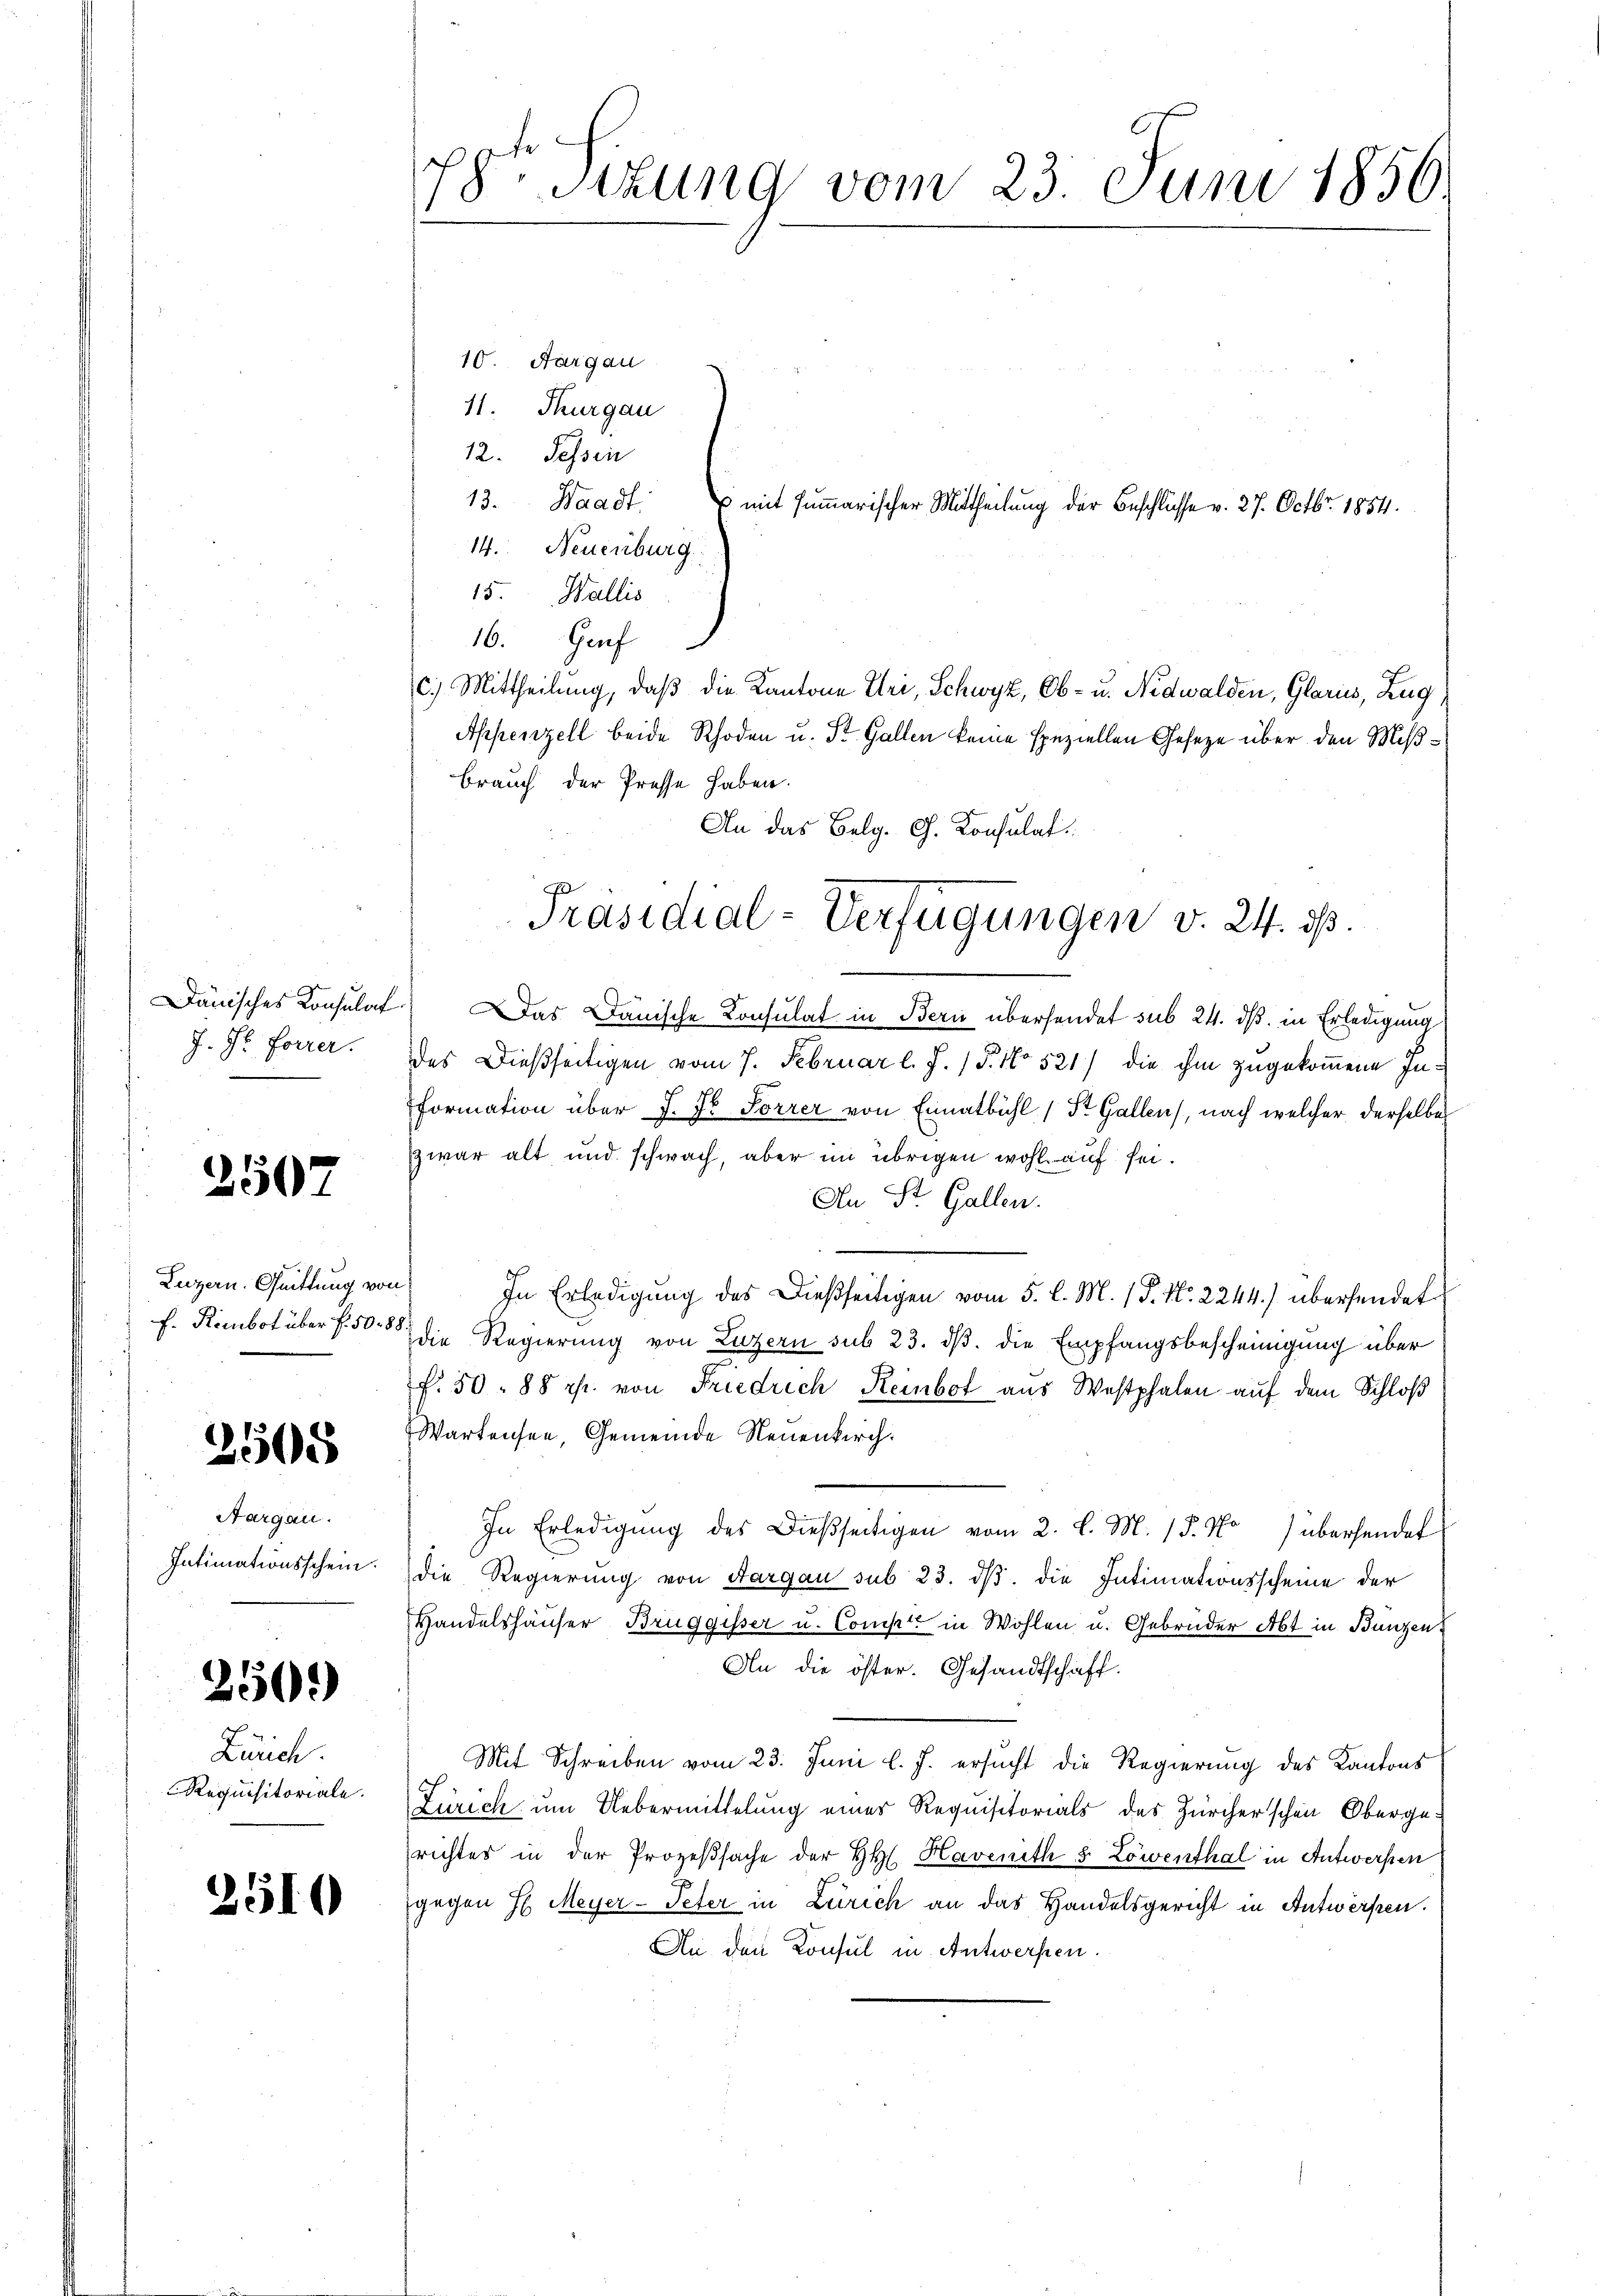
Dänisches Konsulat
J. H. Forrer.

2507

Luzern. Quittung von
f. Rembot über f. 508.

2505

Aargau.
Intimationsschein.

250)

Zürich
Requisitoriale.

2510

78. Sitzung vom 23. Juni 1856.

10. Aargau
11. Thurgau
12. Sessen
13. Waadt:
14. Neuenburg
15. Wallis
16. Genf
c.) Mittheilung, daß die Kantone Uri, Schwyz, Ob- u. Nidwalden, Glarus, Zug
Appenzell beide Rhoden u. St. Gallen keine speziellen Gesetze über den Mißbrauch der Presse haben.
An das Belg. G. Konsulat

mit summarischer Mittheilung der Beschlüsse v. 27. Octbr. 1854.

Präsidial-Verfügungen v. 24. dß.

Das Danische Konsulat in Bern übersendet sub 24. dß. in Erledigung
des Dießseitigen vom 7. Februar l. J. 15. No 521 die ihm zugekommene Information über J. J. Forrer von Einatbühl (St. Gallen, nach welcher derselbe
Zwar alt und schwach, aber im übrigen wohl auf sei¬
An St. Gallen.
In Erledigung des Dießseitigen vom 5. l. M. P. Nr. 2244) übersendet
 die Regierung von Luzern sub 23. dβ. die Empfangsbescheinigung über
f. 50. 88 rp. von Friedrich Reinbot aus Westphalen auf dem Schloß
Wartensen Gemeinde Neuenkirch.
In Erledigung des dießseitigen vom 2. l. M. (T. No übersendet
die Regierung von Aargau sub 23. dβ die Intimationsscheine der
Handelshäuser Bruggisser u. Comp. in Wohlen u. Gebrüder Abt in Bunzen
An die öster. Gesandtschaff
Mit Schreiben vom 23. Juni l. J. ersucht die Regierung des Kantons
Zürich um Uebermittelung eines Requisitorials des Zürcherschen Oberge-
richtes in der Prozeßsache der H. Havenith S. Löwenthal in Antworfen
gegen H. Meyer-Peter in Zürich an das Handelsgericht in Antwerfen.
An den Konsul in Antwerfen.